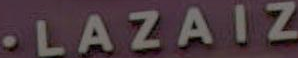
.LAZAIZ